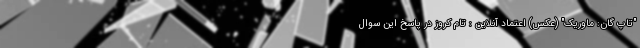
"تاپ گان: ماوریک" (عکس) اعتماد آنلاین : تام کروز در پاسخ این سوال